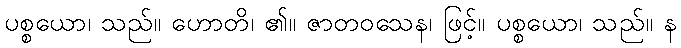
ပစ္စယော၊ သည်။ ဟောတိ၊ ၏။ ဇာတဝသေန၊ ဖြင့်။ ပစ္စယော၊ သည်။ န